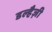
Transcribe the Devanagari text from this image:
डल्हैज़ी